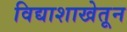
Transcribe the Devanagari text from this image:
विद्याशाखेतून